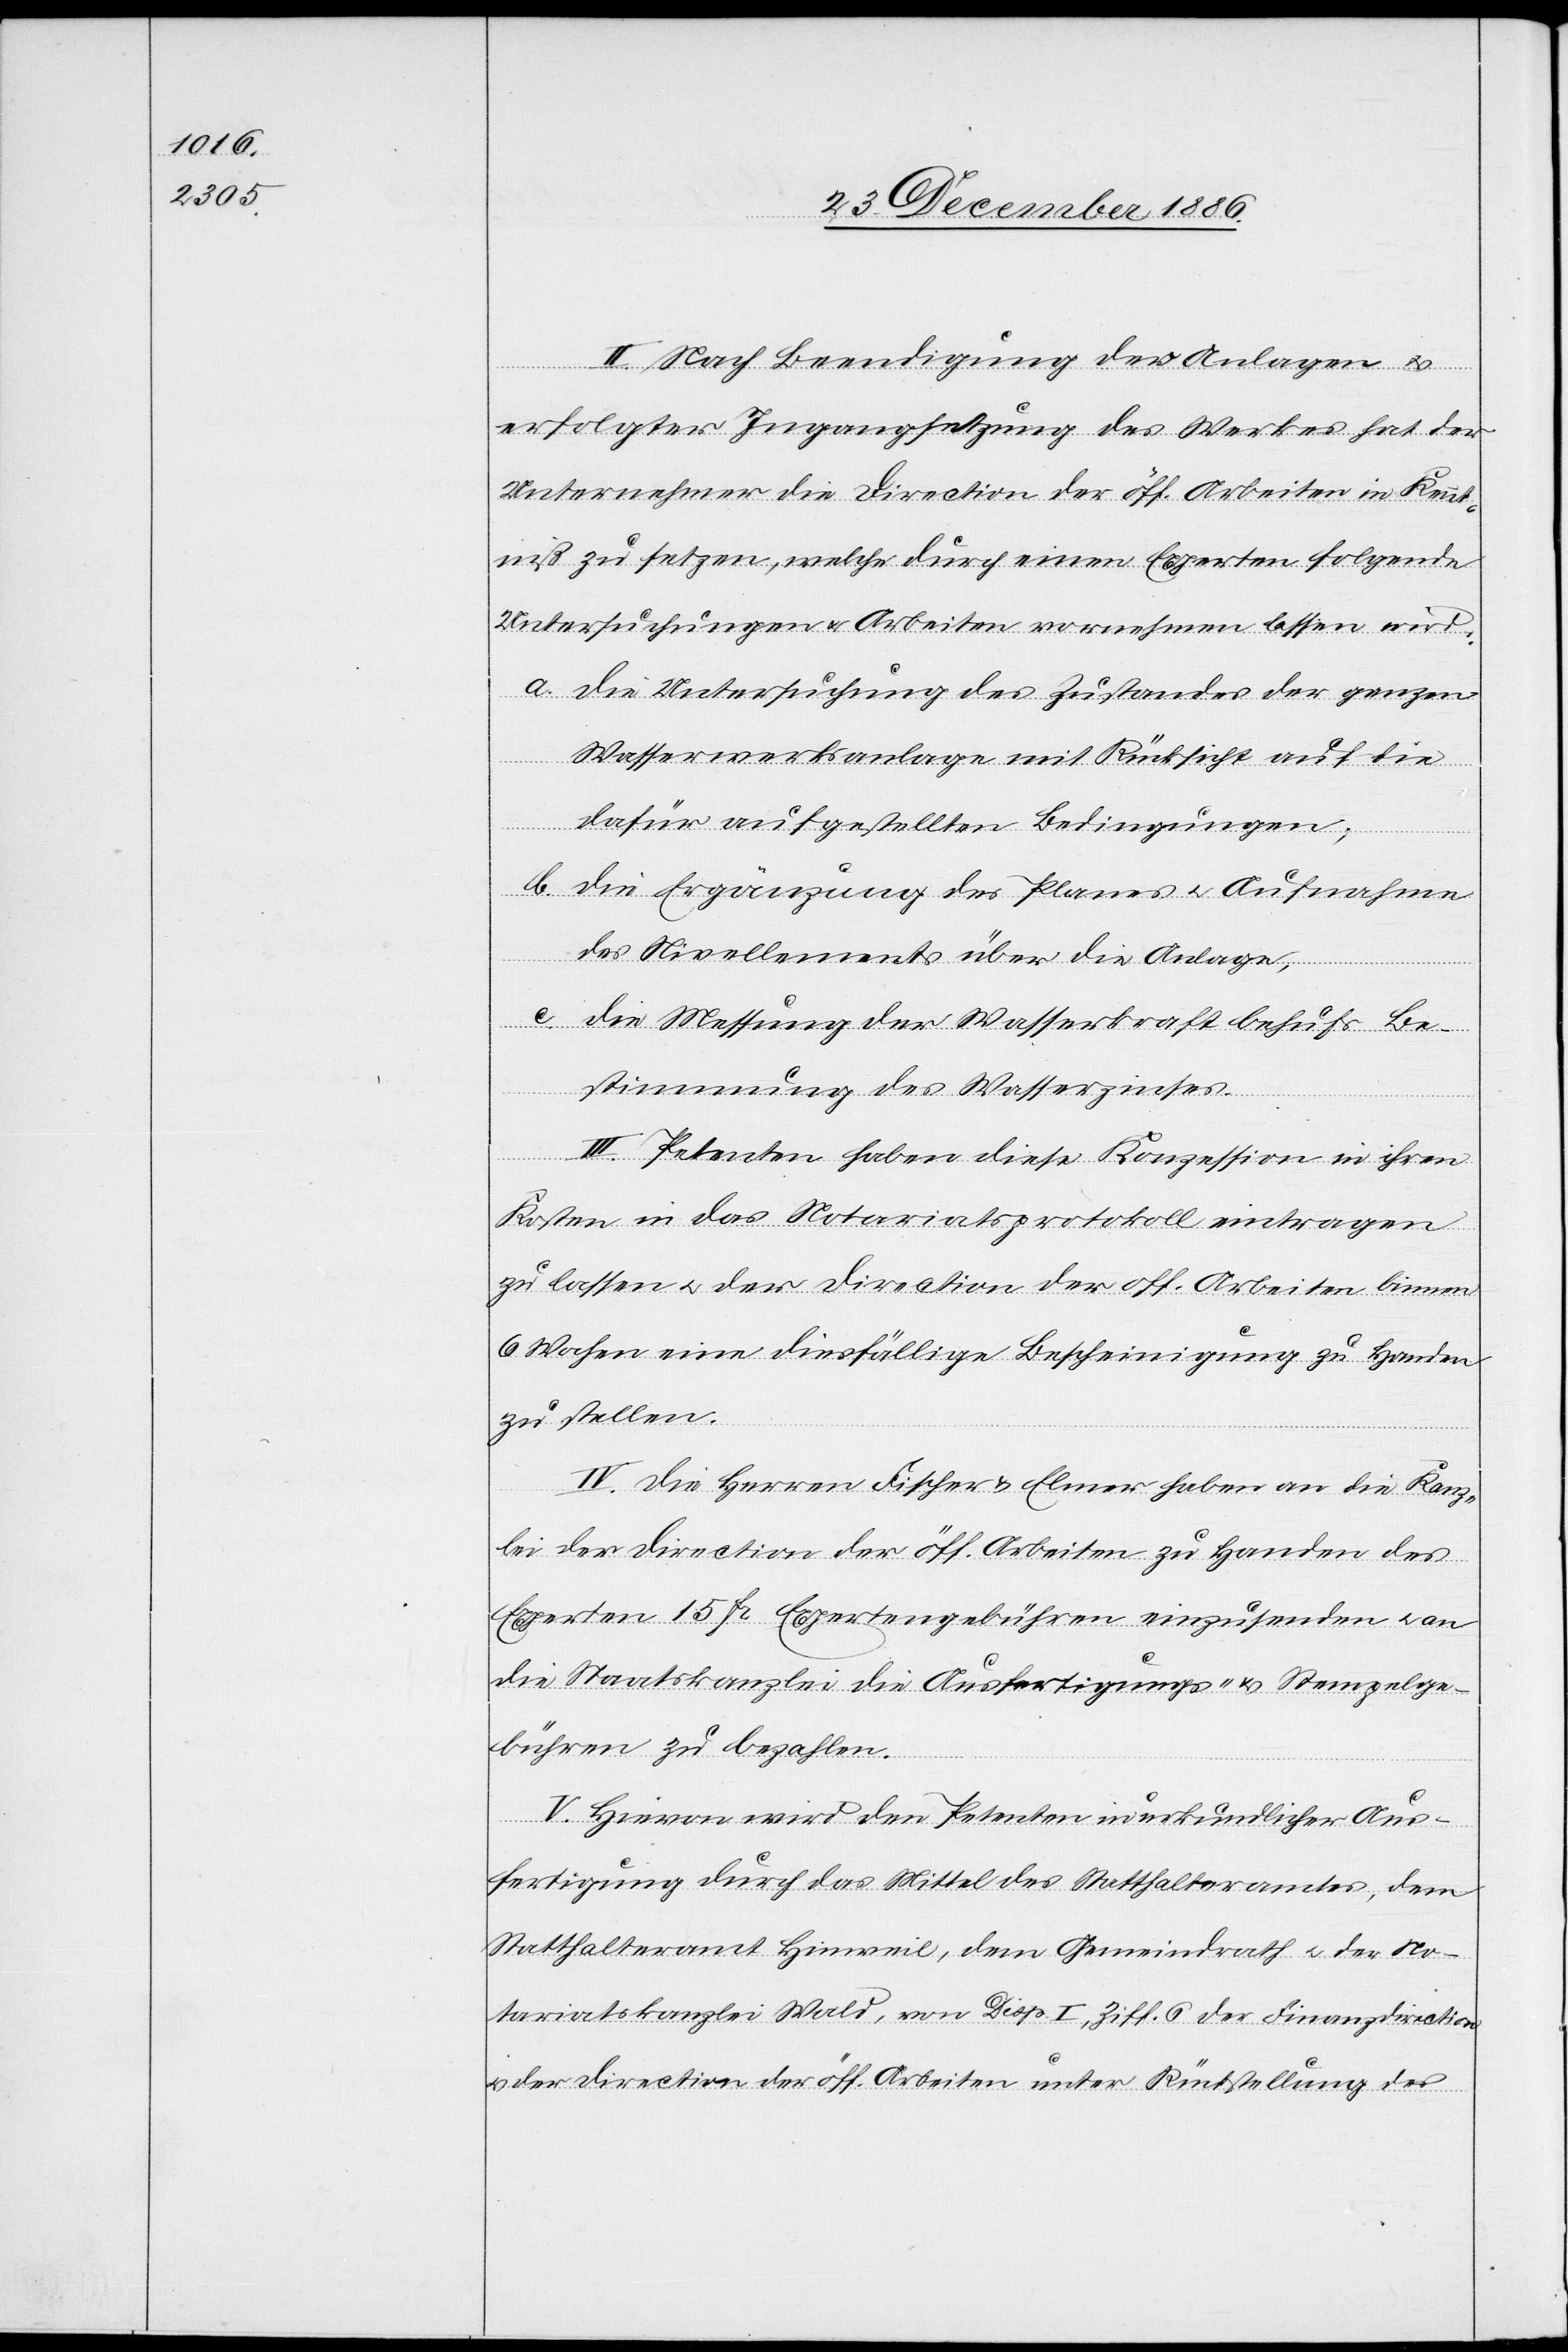
II. Nach Beendigung der Anlagen &
erfolgter Ingangsetzung des Werkes hat der
Unternehmer die Direction der öff. Arbeiten in Kennt¬
niß zu setzen, welche durch einen Experten folgende
Untersuchungen & Arbeiten vornehmen lassen wird:
a. Die Untersuchung des Zustandes der ganzen
Wasserwerksanlage mit Rücksicht auf die
dafür aufgestellten Bedingungen;
b. Die Ergänzung des Planes & Aufnahme
des Nivellements über die Anlage;
c. Die Messung der Wasserkraft behufs Be¬
stimmung des Wasserzinses.
III. Petenten haben diese Konzession in ihren
Kosten in das Notariatsprotokoll eintragen
zu lassen & der Direction der öff. Arbeiten binnen
6 Wochen eine diesfällige Bescheinigung zu Handen
zu stellen.
IV. Die Herren Fischer & Elmer haben an die Kanz¬
lei der Direction der öff. Arbeiten zu Handen des
Experten 15 Fr. Expertengebühren einzusenden & an
die Staatskanzlei die Ausfertigungs- & Stempelge¬
bühren zu bezahlen.
V. Hievon wird den Petenten in urkundlicher Aus¬
fertigung durch das Mittel des Statthalteramtes, dem
Statthalteramt Hinweil, dem Gemeindrath & der No¬
tariatskanzlei Wald, von Disp. I, Ziff. 6 der Finanzdirection
& der Direction der öff. Arbeiten unter Rückstellung des